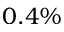
0 . 4 \%